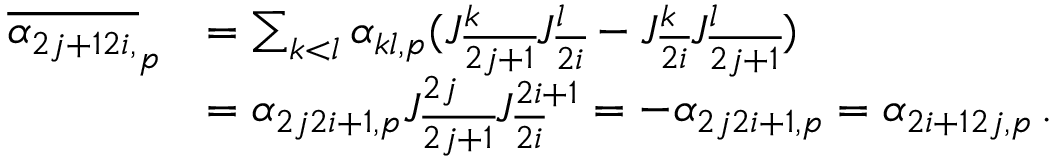
\begin{array} { r l } { \overline { { \alpha _ { 2 j + 1 2 i , } } } _ { p } } & { = \sum _ { k < l } \alpha _ { k l , p } ( J _ { \overline { { 2 j + 1 } } } ^ { k } J _ { \overline { { 2 i } } } ^ { l } - J _ { \overline { { 2 i } } } ^ { k } J _ { \overline { { 2 j + 1 } } } ^ { l } ) } \\ & { = \alpha _ { 2 j 2 i + 1 , p } J _ { \overline { { 2 j + 1 } } } ^ { 2 j } J _ { \overline { { 2 i } } } ^ { 2 i + 1 } = - \alpha _ { 2 j 2 i + 1 , p } = \alpha _ { 2 i + 1 2 j , p } \, . } \end{array}